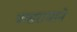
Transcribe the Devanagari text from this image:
वत्सराजाने